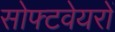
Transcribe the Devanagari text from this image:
सोफ्टवेयरों